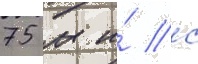
75 м и́ с